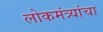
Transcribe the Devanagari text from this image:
लोकमंत्र्यांचा